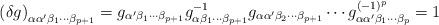
LaTeX: \begin{align*}\left(\delta g\right)_{\alpha\alpha'\beta_1\cdots\beta_{p+1}} = g_{\alpha'\beta_1\cdots\beta_{p+1}} g_{\alpha\beta_1\cdots\beta_{p+1}}^{-1} g_{\alpha\alpha'\beta_2\cdots\beta_{p+1}}\cdots g_{\alpha\alpha'\beta_1\cdots\beta_p}^{(-1)^p} = 1\end{align*}